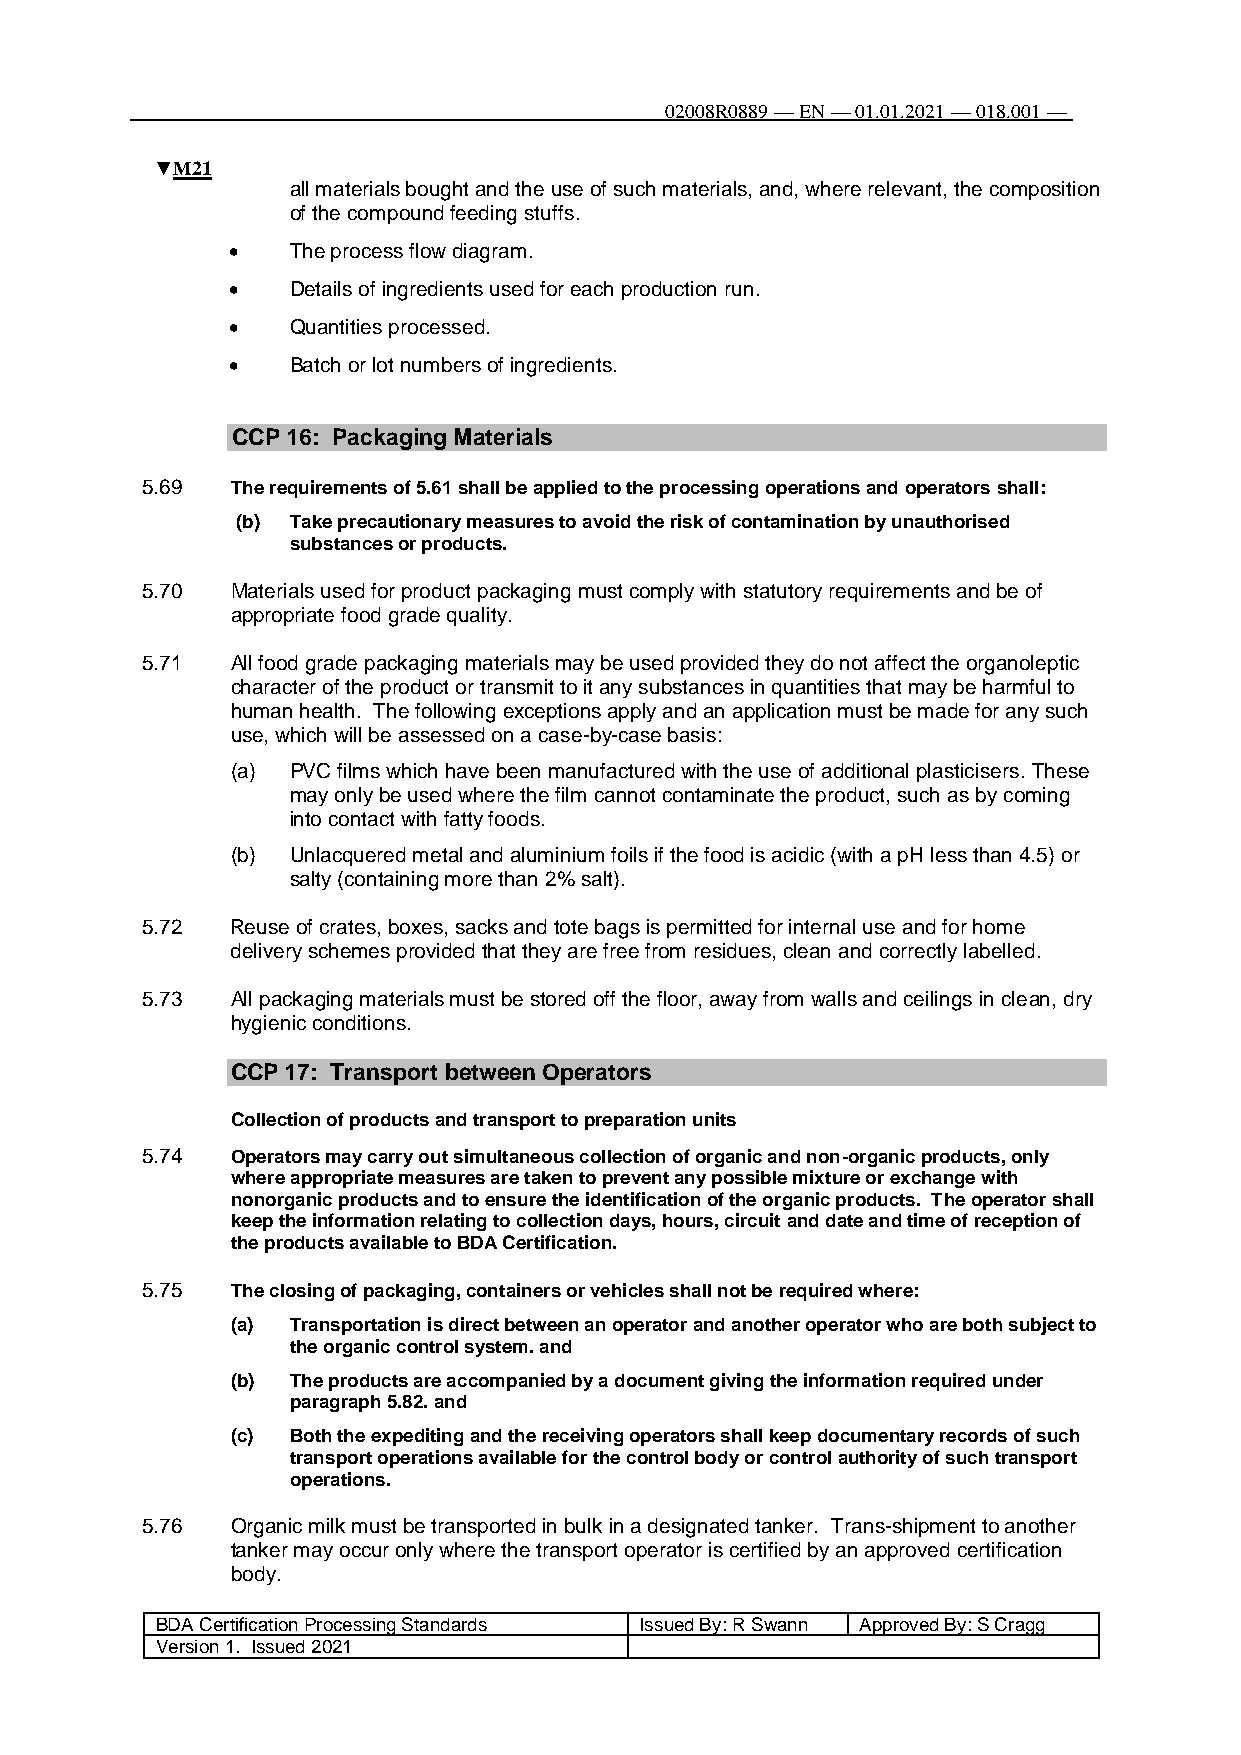
02008R0889 — EN — 01.01.2021 — 018.001 —
 100
 ▼M21
 all materials bought and the use of such materials, and, where relevant, the composition
 of the compound feeding stuffs.
    The process flow diagram.
    Details of ingredients used for each production run.
    Quantities processed.
    Batch or lot numbers of ingredients.
 CCP 16: Packaging Materials
 5.69  The requirements of 5.61 shall be applied to the processing operations and operators shall:
 (b) Take precautionary measures to avoid the risk of contamination by unauthorised
 substances or products.
 5.70  Materials used for product packaging must comply with statutory requirements and be of
 appropriate food grade quality.
 5.71  All food grade packaging materials may be used provided they do not affect the organoleptic
 character of the product or transmit to it any substances in quantities that may be harmful to
 human health. The following exceptions apply and an application must be made for any such
 use, which will be assessed on a case-by-case basis:
 (a) PVC films which have been manufactured with the use of additional plasticisers. These
 may only be used where the film cannot contaminate the product, such as by coming
 into contact with fatty foods.
 (b) Unlacquered metal and aluminium foils if the food is acidic (with a pH less than 4.5) or
 salty (containing more than 2% salt).
 5.72  Reuse of crates, boxes, sacks and tote bags is permitted for internal use and for home
 delivery schemes provided that they are free from residues, clean and correctly labelled.
 5.73  All packaging materials must be stored off the floor, away from walls and ceilings in clean, dry
 hygienic conditions.
 CCP 17: Transport between Operators
 Collection of products and transport to preparation units
 5.74  Operators may carry out simultaneous collection of organic and non-organic products, only
 where appropriate measures are taken to prevent any possible mixture or exchange with
 nonorganic products and to ensure the identification of the organic products. The operator shall
 keep the information relating to collection days, hours, circuit and date and time of reception of
 the products available to BDA Certification.
 5.75  The closing of packaging, containers or vehicles shall not be required where:
 (a) Transportation is direct between an operator and another operator who are both subject to
 the organic control system. and
 (b) The products are accompanied by a document giving the information required under
 paragraph 5.82. and
 (c) Both the expediting and the receiving operators shall keep documentary records of such
 transport operations available for the control body or control authority of such transport
 operations.
 5.76  Organic milk must be transported in bulk in a designated tanker. Trans-shipment to another
 tanker may occur only where the transport operator is certified by an approved certification
 body.
 BDA Certification Processing Standards Issued By: R Swann Approved By: S Cragg
 Version 1. Issued 2021